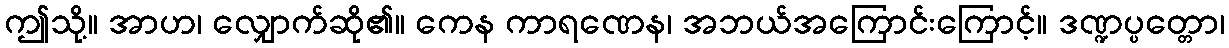
ဤသို့။ အာဟ၊ လျှောက်ဆို၏။ ကေန ကာရဏေန၊ အဘယ်အကြောင်းကြောင့်။ ဒဏ္ဍပ္ပတ္တော၊